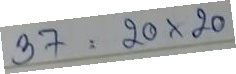
37 = 20x20